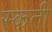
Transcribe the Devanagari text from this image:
स्कती